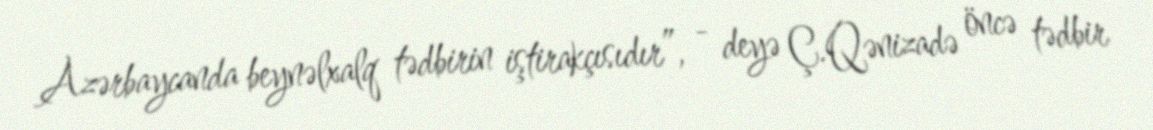
Azərbaycanda beynəlxalq tədbirin iştirakçısıdır”, - deyə Ç.Qənizadə öncə tədbir